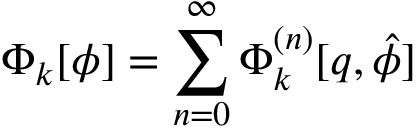
\Phi _ { k } [ \phi ] = \sum _ { n = 0 } ^ { \infty } \Phi _ { k } ^ { ( n ) } [ q , \hat { \phi } ]